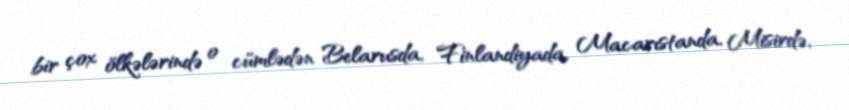
bir çox ölkələrində o cümlədən Belarusda, Finlandiyada, Macarıstanda, Misirdə,